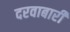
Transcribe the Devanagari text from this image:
दरवाबारी